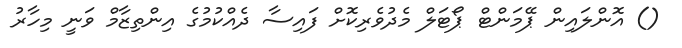
() އޮންލައިން ޕޭމަންޓް ޕޯޓަލް މެދުވެރިކޮށް ފައިސާ ދެއްކުމުގެ އިންތިޒާމް ވަނީ މިހާރު